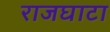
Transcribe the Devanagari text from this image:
राजघाटा